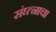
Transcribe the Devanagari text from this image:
संघ्त्नाचा